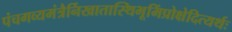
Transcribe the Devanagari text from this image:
पंचगव्यमंत्रैर्निखातास्थिभूमिंप्रोक्षेदित्यर्थः